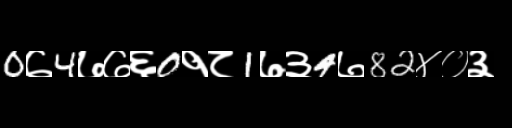
Text: 0७4७७६0१८1७३4७82४०३